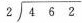
2\sqrt{462}